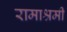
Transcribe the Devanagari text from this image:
रामाश्रमी